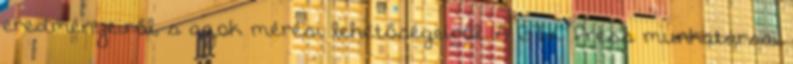
eredményeiről, s azok mérési lehetőségeiről. A GTK Press munkatársai